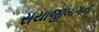
સયાજીબાગના